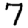
Digit: 7